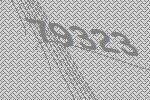
79323